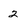
Character: 2